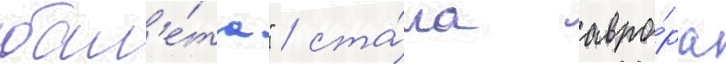
бал'е́та" / ста́ла авро́ра